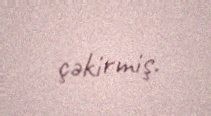
çəkirmiş.